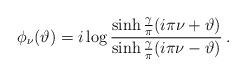
\begin{align*}\phi _{\nu }(\vartheta )=i\log \frac{\sinh \frac{\gamma }{\pi }(i\pi \nu +\vartheta )}{\sinh \frac{\gamma }{\pi }(i\pi \nu -\vartheta )}\: .\end{align*}